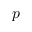
p